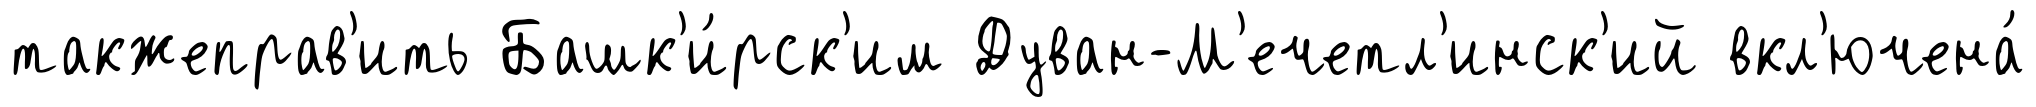
такжеправ'ить Башк'и́рск'им Дуван-М'ечетл'инск'ий вкл'ючена́